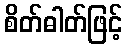
စိတ်ဓါတ်ဖြင့်